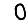
Digit: 0